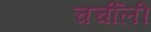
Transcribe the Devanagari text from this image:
चर्चीली